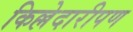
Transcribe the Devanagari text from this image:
किल्लेदारीपण